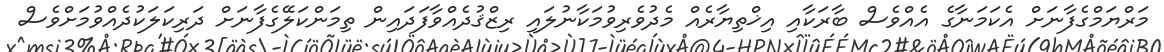
މަރްޔަމްގެފާނަށް އެކަމަނާގެ އެއްވެސް ބާރަކާއި އިޚްތިޔާރެއް މެދުވެރިވުމަކާނުލައި ރިޒްޤުދެއްވާފަދައިން ތިމަންކަލޭގެފާނަށް ދަރިކަލަކުދެއްވުމަށްވެސް